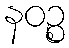
နဝဉ္စ